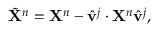
\begin{array} { r } { \tilde { \mathbf { X } } ^ { n } = \mathbf { X } ^ { n } - \hat { \mathbf { v } } ^ { j } \cdot \mathbf { X } ^ { n } \hat { \mathbf { v } } ^ { j } , } \end{array}